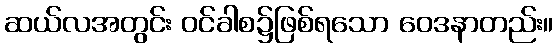
ဆယ်လအတွင်း ဝင်ခါစ၌ဖြစ်ရသော ဝေဒနာတည်း။